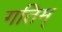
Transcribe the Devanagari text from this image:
गतिम्